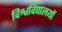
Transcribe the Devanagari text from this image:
विश्वविघालयों